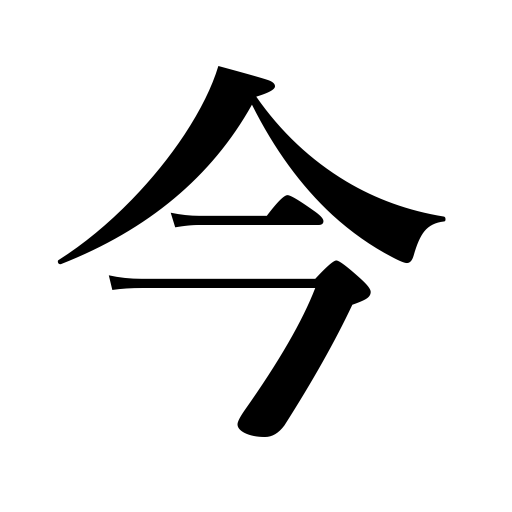
Meanings: this,the coming,just now,immediately,now,present time,soon,the present,one more